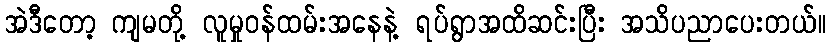
အဲဒီတော့ ကျမတို့ လူမှုဝန်ထမ်းအနေနဲ့ ရပ်ရွာအထိဆင်းပြီး အသိပညာပေးတယ်။